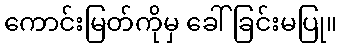
ကောင်းမြတ်ကိုမှ ခေါ်ခြင်းမပြု။